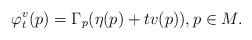
LaTeX: \begin{align*}\varphi_t^v(p) = \Gamma_p(\eta(p) + tv(p)), p \in M.\end{align*}